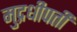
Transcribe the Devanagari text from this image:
मुद्रधीपती